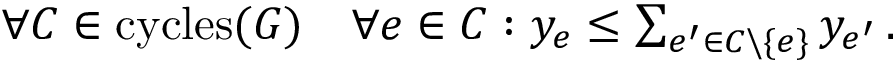
\begin{array} { r } { \forall C \in \mathrm { c y c l e s } ( G ) \quad \forall e \in C : y _ { e } \leq \sum _ { e ^ { \prime } \in C \backslash \{ e \} } y _ { e ^ { \prime } } \, . } \end{array}